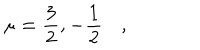
\mathbf { \mu = \frac { 3 } { 2 } , - \frac { 1 } { 2 } } \quad ,